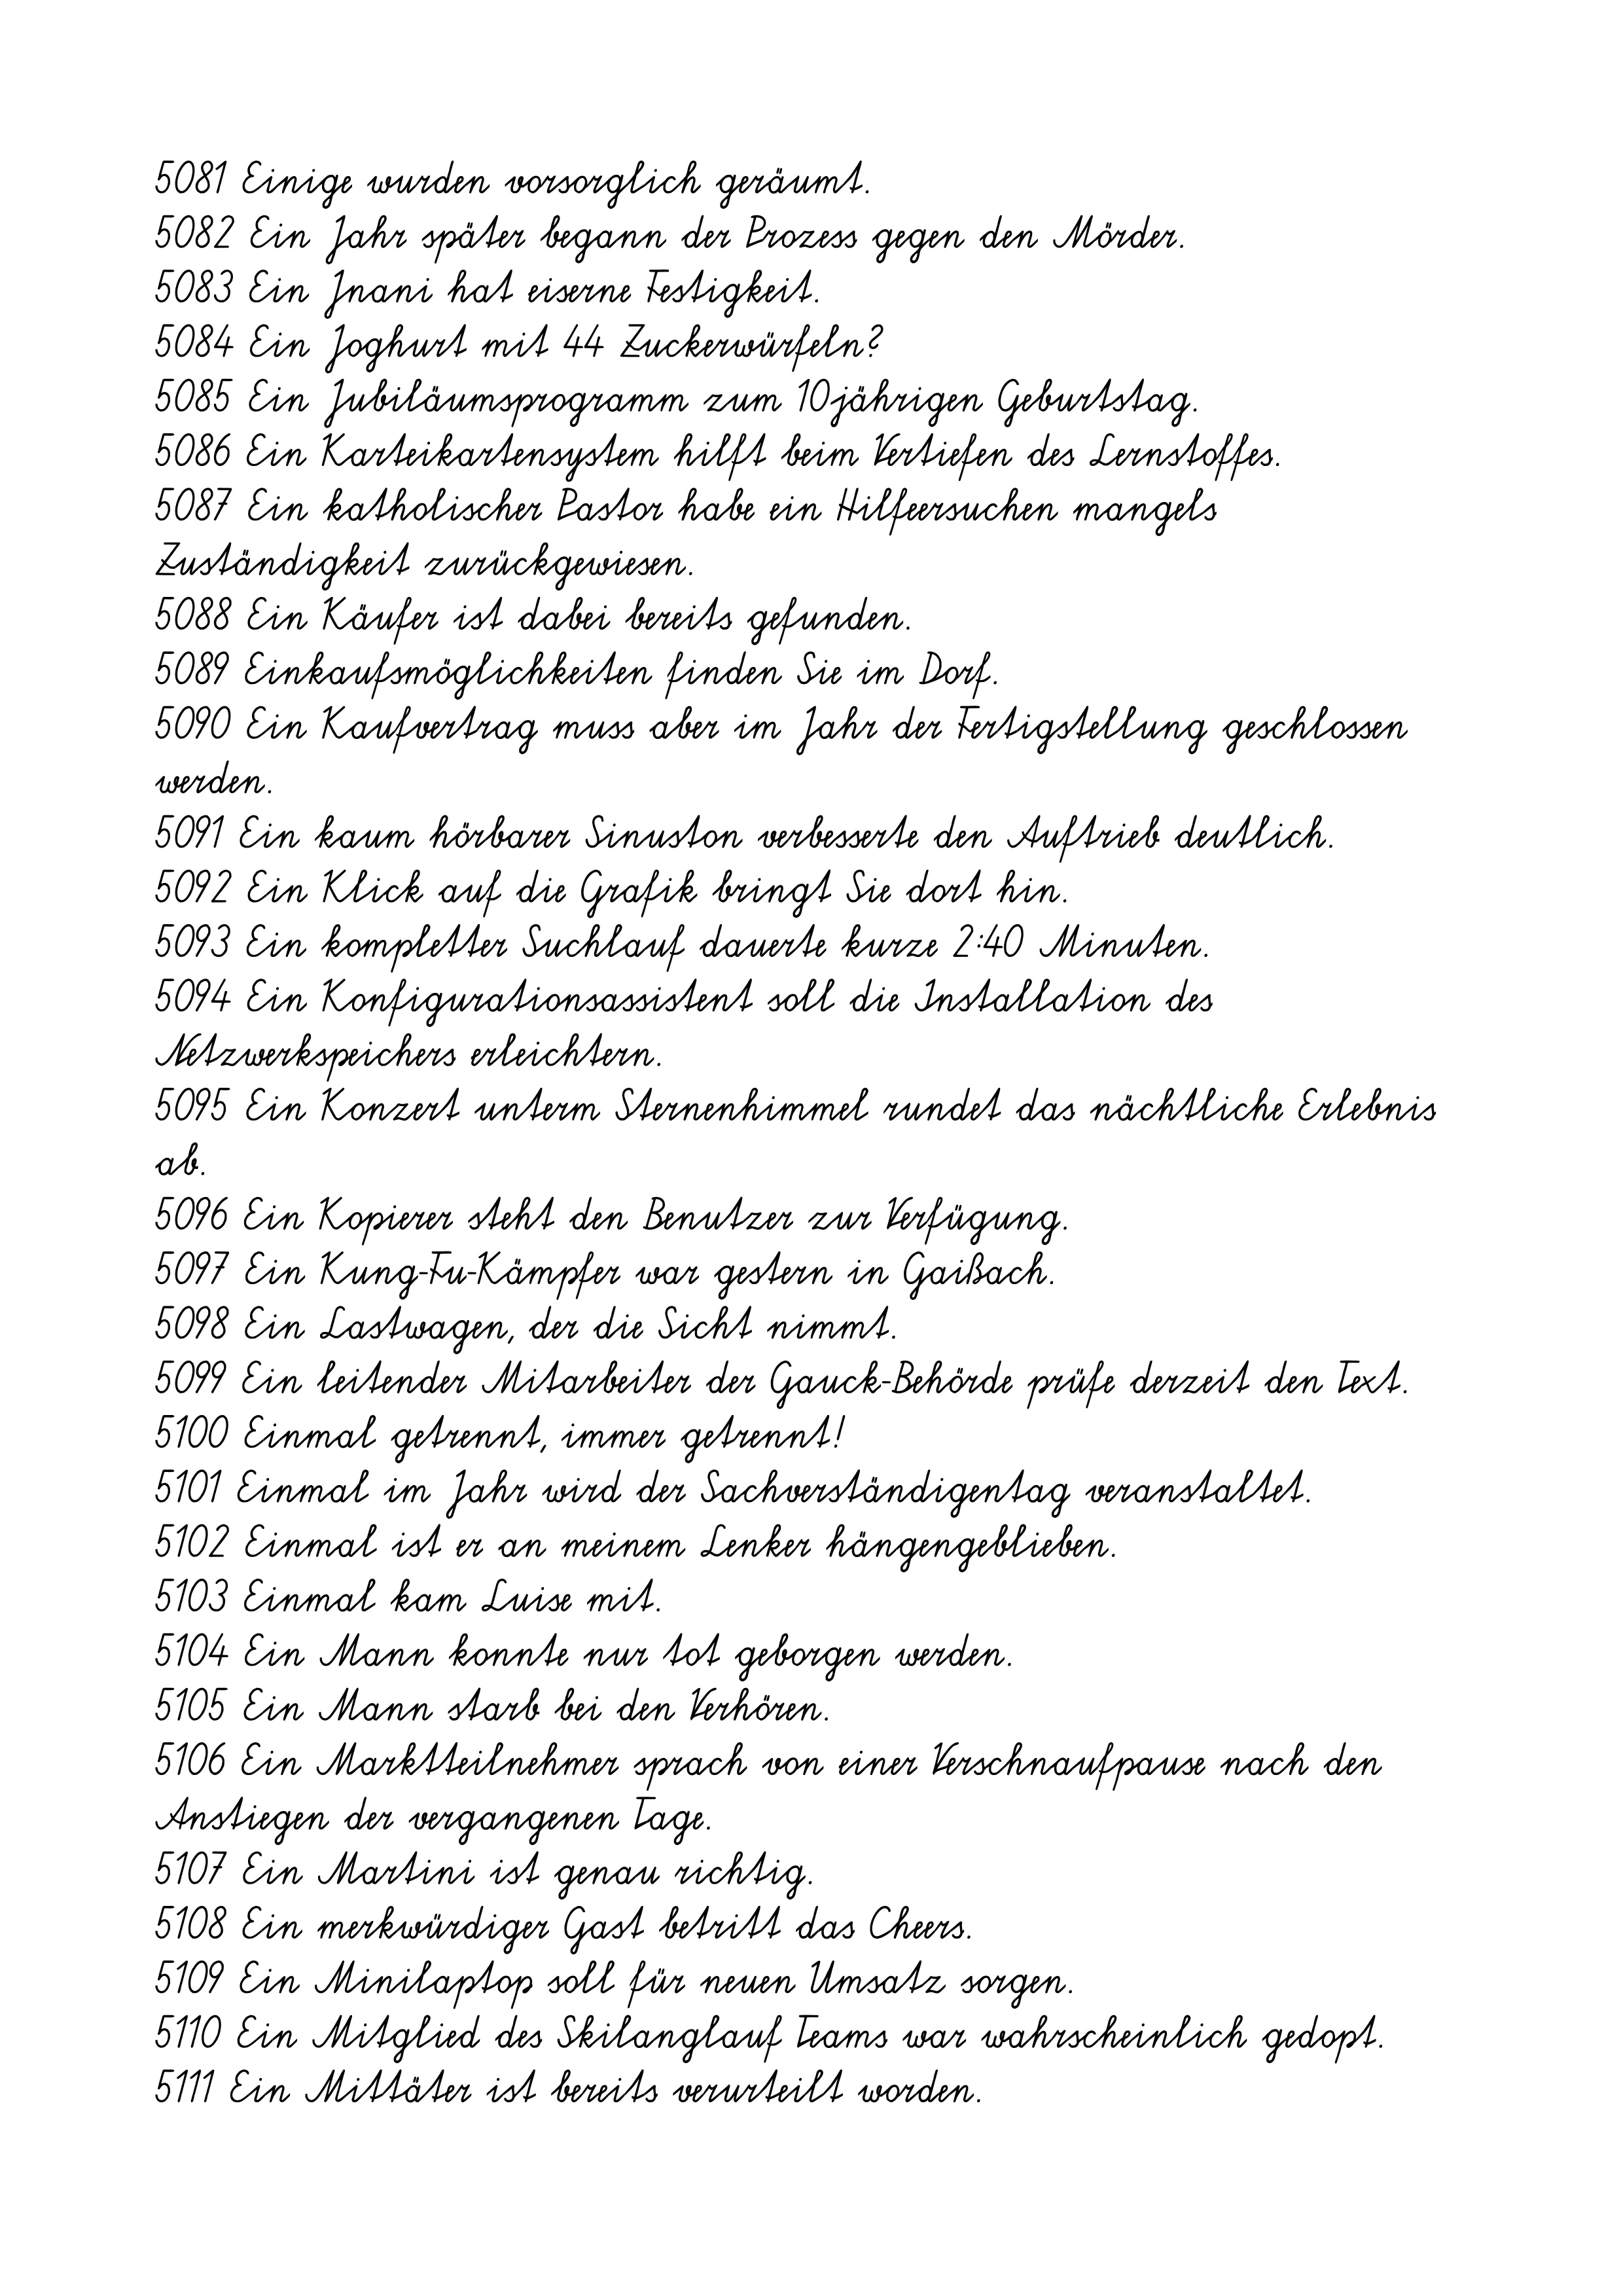
5081 Einige wurden vorsorglich geräumt.
5082 Ein Jahr später begann der Prozess gegen den Mörder.
5083 Ein Jnani hat eiserne Festigkeit.
5084 Ein Joghurt mit 44 Zuckerwürfeln?
5085 Ein Jubiläumsprogramm zum 10jährigen Geburtstag.
5086 Ein Karteikartensystem hilft beim Vertiefen des Lernstoffes.
5087 Ein katholischer Pastor habe ein Hilfeersuchen mangels
Zuständigkeit zurückgewiesen.
5088 Ein Käufer ist dabei bereits gefunden.
5089 Einkaufsmöglichkeiten finden Sie im Dorf.
5090 Ein Kaufvertrag muss aber im Jahr der Fertigstellung geschlossen
werden.
5091 Ein kaum hörbarer Sinuston verbesserte den Auftrieb deutlich.
5092 Ein Klick auf die Grafik bringt Sie dort hin.
5093 Ein kompletter Suchlauf dauerte kurze 2:40 Minuten.
5094 Ein Konfigurationsassistent soll die Installation des
Netzwerkspeichers erleichtern.
5095 Ein Konzert unterm Sternenhimmel rundet das nächtliche Erlebnis
ab.
5096 Ein Kopierer steht den Benutzer zur Verfügung.
5097 Ein Kung-Fu-Kämpfer war gestern in Gaißach.
5098 Ein Lastwagen, der die Sicht nimmt.
5099 Ein leitender Mitarbeiter der Gauck-Behörde prüfe derzeit den Text.
5100 Einmal getrennt, immer getrennt!
5101 Einmal im Jahr wird der Sachverständigentag veranstaltet.
5102 Einmal ist er an meinem Lenker hängengeblieben.
5103 Einmal kam Luise mit.
5104 Ein Mann konnte nur tot geborgen werden.
5105 Ein Mann starb bei den Verhören.
5106 Ein Marktteilnehmer sprach von einer Verschnaufpause nach den
Anstiegen der vergangenen Tage.
5107 Ein Martini ist genau richtig.
5108 Ein merkwürdiger Gast betritt das Cheers.
5109 Ein Minilaptop soll für neuen Umsatz sorgen.
5110 Ein Mitglied des Skilanglauf Teams war wahrscheinlich gedopt.
5111 Ein Mittäter ist bereits verurteilt worden.